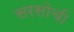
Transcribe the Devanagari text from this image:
सरसोची